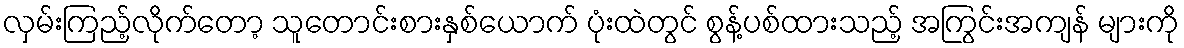
လှမ်းကြည့်လိုက်တော့ သူတောင်းစားနှစ်ယောက် ပုံးထဲတွင် စွန့်ပစ်ထားသည့် အကြွင်းအကျန် များကို